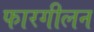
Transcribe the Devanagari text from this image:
फारगीलन